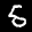
Label: 5